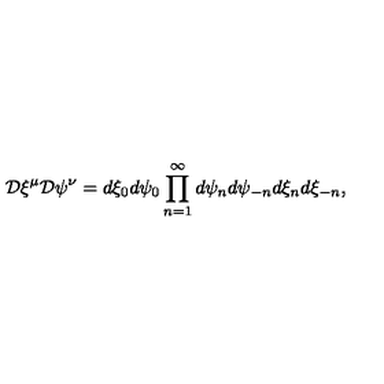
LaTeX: { \cal D } \xi ^ { \mu } { \cal D } \psi ^ { \nu } = d \xi _ { 0 } d \psi _ { 0 } \prod _ { n = 1 } ^ { \infty } d \psi _ { n } d \psi _ { - n } d \xi _ { n } d \xi _ { - n } ,